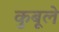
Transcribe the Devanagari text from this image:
कुबूले